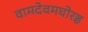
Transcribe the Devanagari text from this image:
वामदेवमघोरञ्च